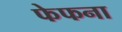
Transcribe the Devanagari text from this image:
फेफना